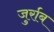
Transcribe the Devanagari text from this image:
जुर्राब